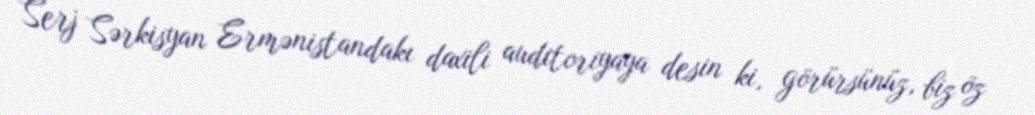
Serj Sərkisyan Ermənistandakı daxili auditoriyaya desin ki, görürsünüz, biz öz